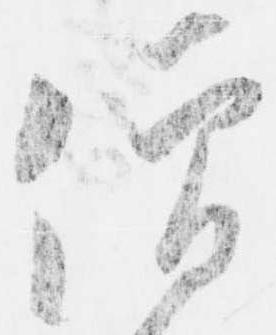
僧